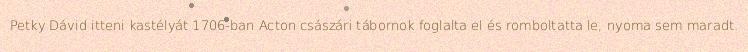
Petky Dávid itteni kastélyát 1706-ban Acton császári tábornok foglalta el és romboltatta le, nyoma sem maradt.